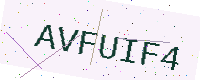
Text: AVFUIF4